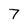
Character: 7